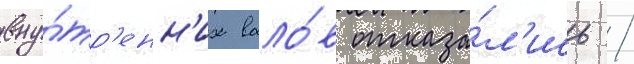
вну́тр'енн'их вало́в отказа́л'ись /